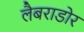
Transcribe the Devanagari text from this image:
लैबराडोर